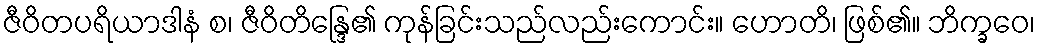
ဇီဝိတပရိယာဒါနံ စ၊ ဇီဝိတိန္ဒြေ၏ ကုန်ခြင်းသည်လည်းကောင်း။ ဟောတိ၊ ဖြစ်၏။ ဘိက္ခဝေ၊